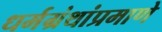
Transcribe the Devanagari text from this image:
धर्मग्रंथांप्रमाणे